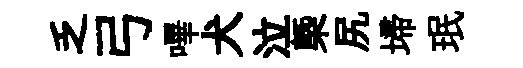
乏弓嗶犬泣槩尻埽珉